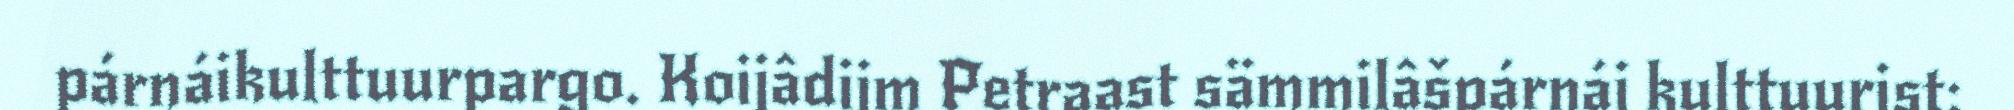
párnáikulttuurpargo. Koijâdijm Petraast sämmilâšpárnái kulttuurist: